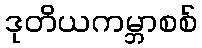
ဒုတိယကမ္ဘာစစ်